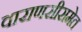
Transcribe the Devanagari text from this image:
वाराणसीसमेत